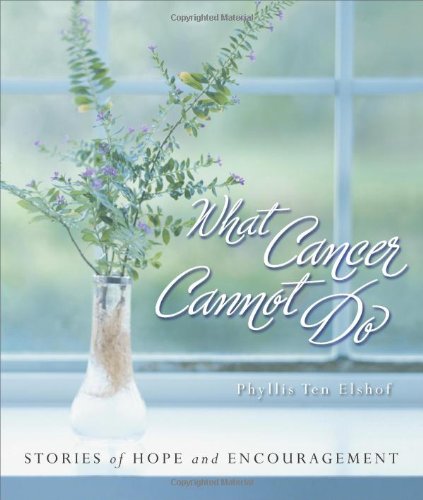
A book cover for What Cancer Cannot Do : Stories of Hope and Encouragement; Phyllis Ten Elshof; Christian Books & Bibles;